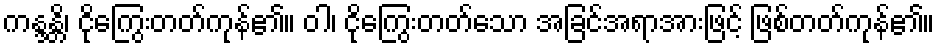
ကန္ဒန္တိ၊ ငိုကြွေးတတ်ကုန်၏။ ဝါ၊ ငိုကြွေးတတ်သော အခြင်အရာအားဖြင့် ဖြစ်တတ်ကုန်၏။